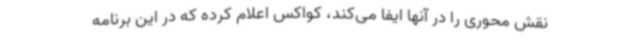
نقش محوری را در آنها ایفا می‌کند، کواکس اعلام کرده که در این برنامه